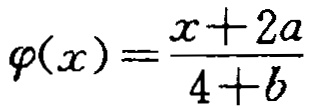
\(\varphi(x)=\frac{x + 2a}{4 + b}\)